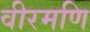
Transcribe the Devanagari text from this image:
वीरमणि